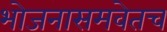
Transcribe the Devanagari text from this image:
भोजनासमवेतच